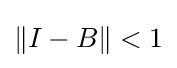
\left\|I-B\right\|<1